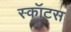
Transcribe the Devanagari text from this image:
स्कॉटस